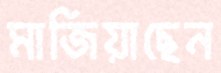
মাজিয়াছেন